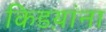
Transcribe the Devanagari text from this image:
किडय़ांना